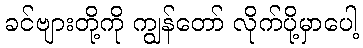
ခင်ဗျားတို့ကို ကျွန်တော် လိုက်ပို့မှာပေါ့